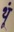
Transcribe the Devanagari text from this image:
थूं